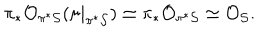
\pi _ { * } { \cal O } _ { \pi ^ { * } { \cal S } } ( \sigma | _ { \pi ^ { * } { \cal S } } ) \simeq \pi _ { * } { \cal O } _ { \pi ^ { * } { \cal S } } \simeq { \cal O } _ { { \cal S } } .